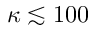
\kappa \lesssim 1 0 0